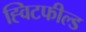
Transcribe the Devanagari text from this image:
ह्विटफील्ड